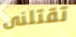
تقتلنى